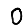
Digit: 0